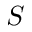
S